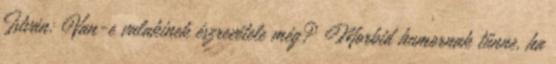
István: Van-e valakinek észrevétele még? Morbid humornak tűnne, ha